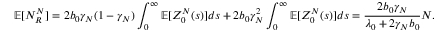
\mathbb { E } [ N _ { R } ^ { N } ] = 2 b _ { 0 } \gamma _ { N } ( 1 - \gamma _ { N } ) \int _ { 0 } ^ { \infty } \mathbb { E } [ Z _ { 0 } ^ { N } ( s ) ] d s + 2 b _ { 0 } \gamma _ { N } ^ { 2 } \int _ { 0 } ^ { \infty } \mathbb { E } [ Z _ { 0 } ^ { N } ( s ) ] d s = \frac { 2 b _ { 0 } \gamma _ { N } } { \lambda _ { 0 } + 2 \gamma _ { N } b _ { 0 } } N .